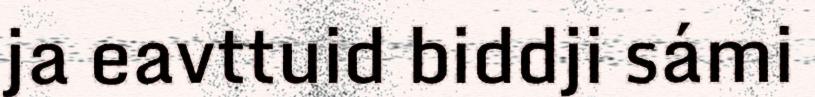
ja eavttuid biddji sámi